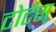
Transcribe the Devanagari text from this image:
टोर्टस्